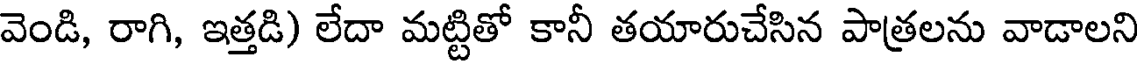
వెండి, రాగి, ఇత్తడి) లేదా మట్టితో కానీ తయారుచేసిన పాత్రలను వాడాలని